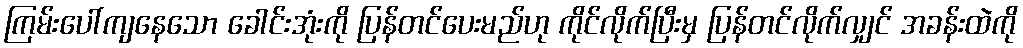
ကြမ်းပေါ်ကျနေသော ခေါင်းအုံးကို ပြန်တင်ပေးမည်ဟု ကိုင်လိုက်ပြီးမှ ပြန်တင်လိုက်လျှင် အခန်းထဲကို